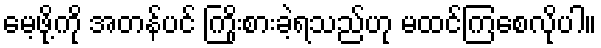
မေ့ဖို့ကို အတန်ပင် ကြိုးစားခဲ့ရသည်ဟု မထင်ကြစေလိုပါ။